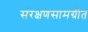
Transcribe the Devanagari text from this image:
संरक्षणसामग्रीत